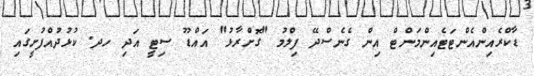
ޑާކްރެއިންއެންޓަޓެއިންމަންޓް އިން ގެނެސްދޭ ފިލްމު "ގޮށްރާޅު" އައްޑޫ ސިޓީ އަދި ހދ. ކުޅުދުއްފުށީގައި